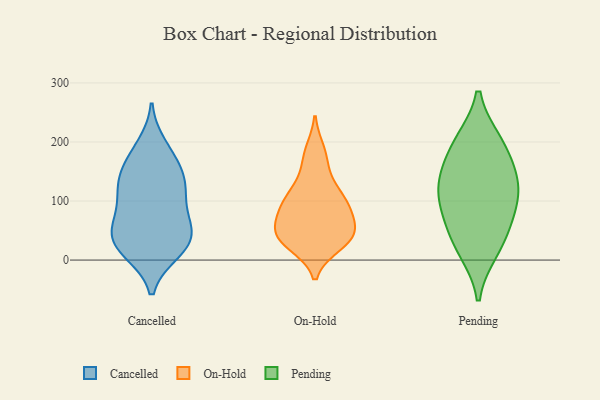
{"axis": {"x": "Demand Index", "y": "Value"}, "legend": ["Cancelled", "On-Hold", "Pending"], "data": [{"x": "", "y": 124, "type": "Cancelled"}, {"x": "", "y": 31, "type": "Cancelled"}, {"x": "", "y": 88, "type": "Cancelled"}, {"x": "", "y": 130, "type": "Cancelled"}, {"x": "", "y": 64, "type": "Cancelled"}, {"x": "", "y": 193, "type": "Cancelled"}, {"x": "", "y": 14, "type": "Cancelled"}, {"x": "", "y": 50, "type": "Cancelled"}, {"x": "", "y": 15, "type": "Cancelled"}, {"x": "", "y": 173, "type": "Cancelled"}, {"x": "", "y": 123, "type": "Cancelled"}, {"x": "", "y": 35, "type": "Cancelled"}, {"x": "", "y": 163, "type": "Cancelled"}, {"x": "", "y": 130, "type": "Cancelled"}, {"x": "", "y": 29, "type": "Cancelled"}, {"x": "", "y": 68, "type": "Cancelled"}, {"x": "", "y": 40, "type": "On-Hold"}, {"x": "", "y": 58, "type": "On-Hold"}, {"x": "", "y": 94, "type": "On-Hold"}, {"x": "", "y": 55, "type": "On-Hold"}, {"x": "", "y": 26, "type": "On-Hold"}, {"x": "", "y": 176, "type": "On-Hold"}, {"x": "", "y": 95, "type": "On-Hold"}, {"x": "", "y": 145, "type": "On-Hold"}, {"x": "", "y": 40, "type": "On-Hold"}, {"x": "", "y": 80, "type": "On-Hold"}, {"x": "", "y": 98, "type": "On-Hold"}, {"x": "", "y": 115, "type": "On-Hold"}, {"x": "", "y": 69, "type": "On-Hold"}, {"x": "", "y": 35, "type": "On-Hold"}, {"x": "", "y": 111, "type": "On-Hold"}, {"x": "", "y": 34, "type": "On-Hold"}, {"x": "", "y": 32, "type": "On-Hold"}, {"x": "", "y": 185, "type": "On-Hold"}, {"x": "", "y": 200, "type": "Pending"}, {"x": "", "y": 17, "type": "Pending"}, {"x": "", "y": 111, "type": "Pending"}, {"x": "", "y": 200, "type": "Pending"}, {"x": "", "y": 140, "type": "Pending"}, {"x": "", "y": 157, "type": "Pending"}, {"x": "", "y": 31, "type": "Pending"}, {"x": "", "y": 65, "type": "Pending"}, {"x": "", "y": 119, "type": "Pending"}, {"x": "", "y": 89, "type": "Pending"}]}